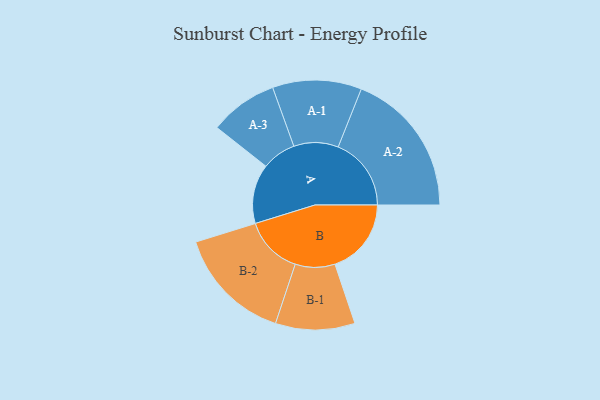
{"axis": {"x": "Segment", "y": "Value"}, "legend": ["", "A", "B"], "data": [{"x": "A", "y": 235, "type": ""}, {"x": "B", "y": 302, "type": ""}, {"x": "A-1", "y": 176, "type": "A"}, {"x": "A-2", "y": 289, "type": "A"}, {"x": "A-3", "y": 135, "type": "A"}, {"x": "B-1", "y": 157, "type": "B"}, {"x": "B-2", "y": 230, "type": "B"}]}